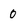
Character: 0